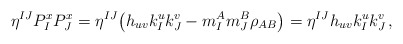
\begin{align*} \eta^{IJ} P^x_I P^x_J = \eta^{IJ} \big( h_{uv} k^u_I k^v_J - m^A_I m^B_J \rho_{AB} \big) = \eta^{IJ} h_{uv} k^u_I k^v_J \, ,\end{align*}